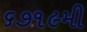
૬૭૧૯મી